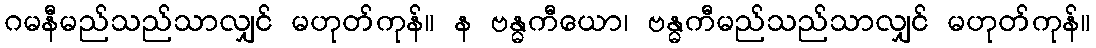
ဂမနီမည်သည်သာလျှင် မဟုတ်ကုန်။ န ဗန္ဓကီယော၊ ဗန္ဓကီမည်သည်သာလျှင် မဟုတ်ကုန်။